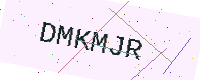
Text: DMKMJR